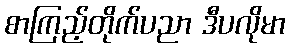
စာကြည့်တိုက်ပညာ ဒီပလိုမာ